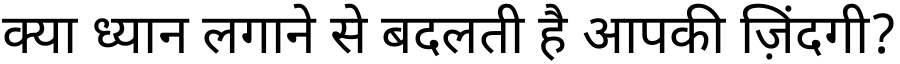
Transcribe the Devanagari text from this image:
क्या ध्यान लगाने से बदलती है आपकी ज़िंदगी?